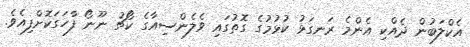
އެކްލަބުން ދެއްކި އެންމެ ރަނގަޅު ކުޅުމުގެ ގޮތުގައި ވެލެންސިއާގެ ކޯޗު ނޫނޯ ފާހަގަކޮށްފިއެވެ.